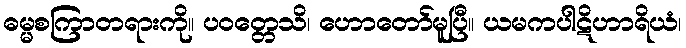
ဓမ္မစကြာတရားကို။ ပဝတ္တေသိ၊ ဟောတော်မူပြီ။ ယမကပါဋိဟာရိယံ၊